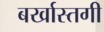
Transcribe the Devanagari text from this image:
बर्खास्‍तगी